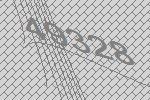
49328